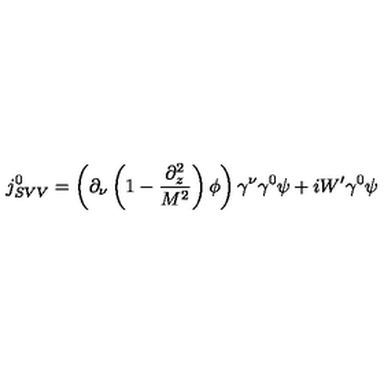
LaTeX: j _ { S V V } ^ { 0 } = \left( \partial _ { \nu } \left( 1 - \frac { \partial _ { z } ^ { 2 } } { M ^ { 2 } } \right) \phi \right) \gamma ^ { \nu } \gamma ^ { 0 } \psi + i W ^ { \prime } \gamma ^ { 0 } \psi